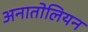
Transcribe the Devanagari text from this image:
अनातोलियन